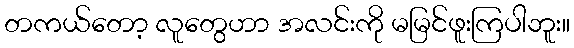
တကယ်တော့ လူတွေဟာ အလင်းကို မမြင်ဖူးကြပါဘူး။